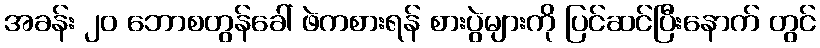
အခန်း ၂၀ ဘောစတွန်ခေါ် ဖဲကစားရန် စားပွဲများကို ပြင်ဆင်ပြီးနောက် တွင်